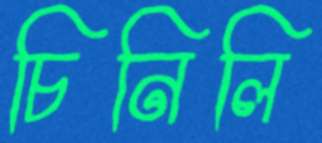
চিনিলি